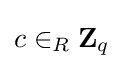
c\in _{R}{\boldsymbol {\mathrm {Z} }}_{q}